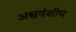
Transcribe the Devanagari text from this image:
अश्ववंशीय